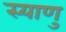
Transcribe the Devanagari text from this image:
स्याणु